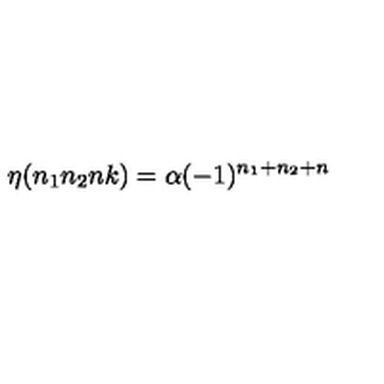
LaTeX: \eta ( n _ { 1 } n _ { 2 } n k ) = \alpha ( - 1 ) ^ { n _ { 1 } + n _ { 2 } + n }